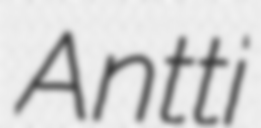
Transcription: Antti